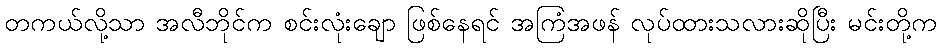
တကယ်လို့သာ အလီဘိုင်က စင်းလုံးချော ဖြစ်နေရင် အကြံအဖန် လုပ်ထားသလားဆိုပြီး မင်းတို့က